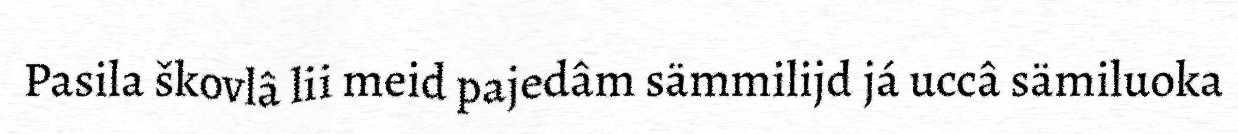
Pasila škovlâ lii meid pajedâm sämmilijd já uccâ sämiluoka